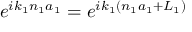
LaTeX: e ^ { i k _ { 1 } n _ { 1 } a _ { 1 } } = e ^ { i k _ { 1 } ( n _ { 1 } a _ { 1 } + L _ { 1 } ) }